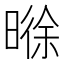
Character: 𬁊